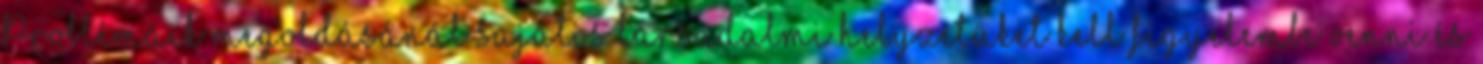
Problémáik megoldásánál sajátos társadalmi helyzetüket kell figyelembe venni és